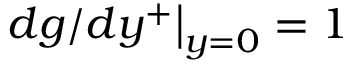
\left. d g / d y ^ { + } \right| _ { y = 0 } = 1